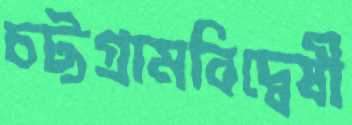
চট্টগ্রামবিদ্বেষী